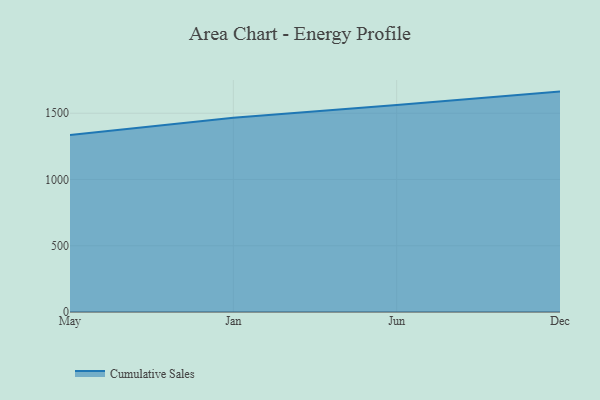
{"axis": {"x": "Month", "y": "Active Users"}, "legend": ["Cumulative Sales"], "data": [{"x": "May", "y": 1334.9, "type": "Cumulative Sales"}, {"x": "Jan", "y": 1466.7, "type": "Cumulative Sales"}, {"x": "Jun", "y": 1562.9, "type": "Cumulative Sales"}, {"x": "Dec", "y": 1663.3, "type": "Cumulative Sales"}]}